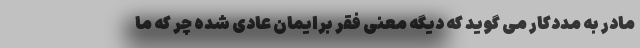
مادر به مددکار می گوید که دیگه معنی فقر برایمان عادی شده چر که ما